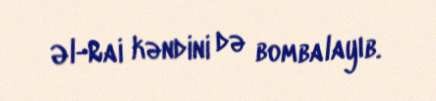
Əl-Rai kəndini də bombalayıb.